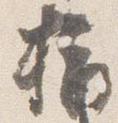
指